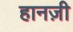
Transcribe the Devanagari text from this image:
हानज़ी